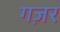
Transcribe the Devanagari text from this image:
गज़र